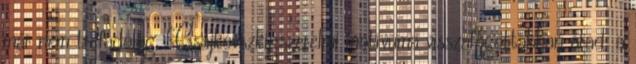
már nem tréfadolog. Csajkovszkij szerelmi motívuma visszafogottabban árad, a